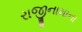
રાજીનામાના